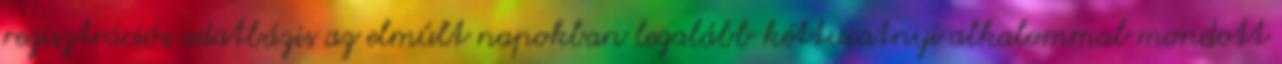
regisztrációs adatbázis az elmúlt napokban legalább kéttucatnyi alkalommal mondott